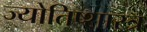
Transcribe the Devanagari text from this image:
ज्योतिष्शास्त्र